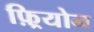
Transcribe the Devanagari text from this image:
फ़्रियोन